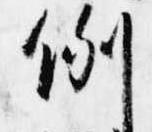
例